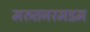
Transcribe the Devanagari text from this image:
मरुतनरमडम